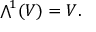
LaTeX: { \textstyle \bigwedge } ^ { \! 1 } ( V ) = V .